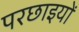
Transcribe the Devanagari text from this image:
परछाइयों